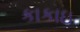
કાકાઇ